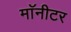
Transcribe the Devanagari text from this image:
माॅनीटर